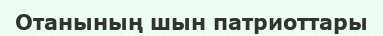
Отанының шын патриоттары